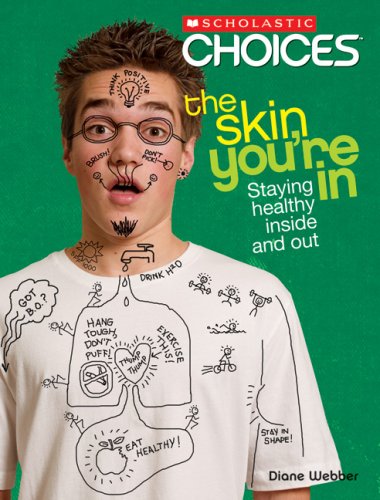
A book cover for The Skin You're In: Staying Healthy Inside and Out (Scholastic Choices); Diane Webber; Teen & Young Adult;